Vaccination in Bombay 1863-1868 - 1863-1868
Year: 1863
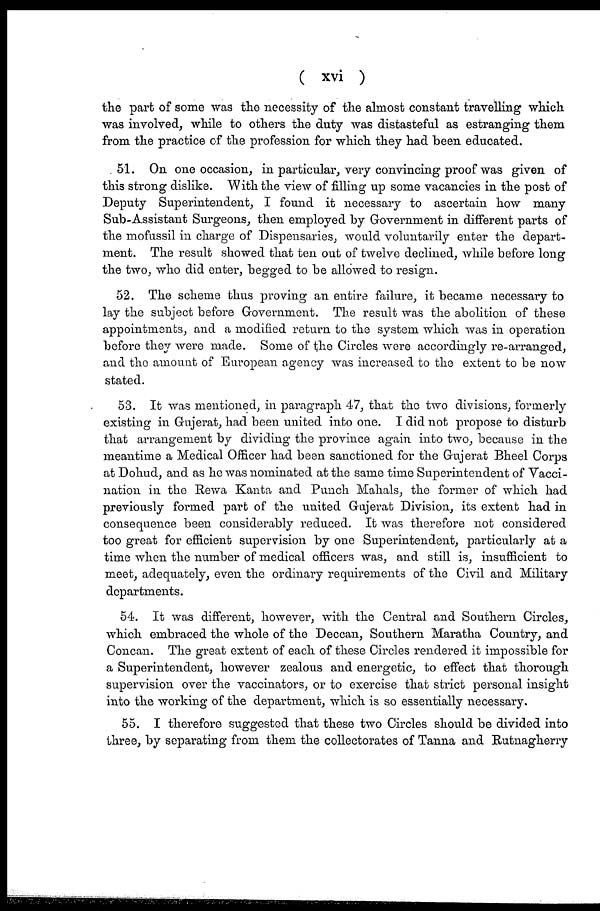
( xvi )
the part of some was the necessity of the almost constant travelling which
was involved, while to others the duty was distasteful as estranging them
from the practice of the profession for which they had been educated.
51. On one occasion, in particular, very convincing proof was given of
this strong dislike. With the view of filling up some vacancies in the post of
Deputy Superintendent, I found it necessary to ascertain how many
Sub-Assistant Surgeons, then employed by Government in different parts of
the mofussil in charge of Dispensaries, would voluntarily enter the depart-
ment. The result showed that ten out of twelve declined, while before long
the two, who did enter, begged to be allowed to resign.
52. The scheme thus proving an entire failure, it became necessary to
lay the subject before Government. The result was the abolition of these
appointments, and a modified return to the system which was in operation
before they were made. Some of the Circles were accordingly re-arranged,
and the amount of European agency was increased to the extent to be now
stated.
53. It was mentioned, in paragraph 47, that the two divisions, formerly
existing in Gujerat, had been united into one. I did not propose to disturb
that arrangement by dividing the province again into two, because in the
meantime a Medical Officer had been sanctioned for the Gujerat Bheel Corps
at Dohud, and as he was nominated at the same time Superintendent of Vacci-
nation in the Rewa Kanta and Punch Mahals, the former of which had
previously formed part of the united Gujerat Division, its extent had in
consequence been considerably reduced. It was therefore not considered
too great for efficient supervision by one Superintendent, particularly at a
time when the number of medical officers was, and still is, insufficient to
meet, adequately, even the ordinary requirements of the Civil and Military
departments.
54. It was different, however, with the Central and Southern Circles,
which embraced the whole of the Deccan, Southern Maratha Country, and
Concan. The great extent of each of these Circles rendered it impossible for
a Superintendent, however zealous and energetic, to effect that thorough
supervision over the vaccinators, or to exercise that strict personal insight
into the working of the department, which is so essentially necessary.
55. I therefore suggested that these two Circles should be divided into
three, by separating from them the collectorates of Tanna and Rutnagherry